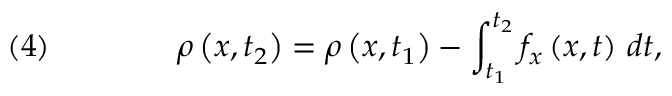
\quad ( 4 ) \qquad \qquad \rho \left( x , t _ { 2 } \right) = \rho \left( x , t _ { 1 } \right) - \int _ { t _ { 1 } } ^ { t _ { 2 } } f _ { x } \left( x , t \right) \, d t ,